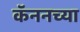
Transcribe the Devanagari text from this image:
कॅननच्या